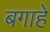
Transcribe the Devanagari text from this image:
बगाहे